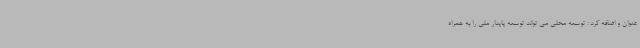
عنوان و اضافه کرد : توسعه محلی می تواند توسعه پایدار ملی را به همراه